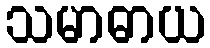
သမာဓာယ